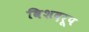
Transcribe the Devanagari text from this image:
विशदरूप